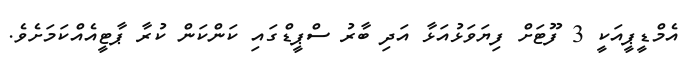
އެމްޑީޕީއަކީ 3 ފޫޓަށް ފިޔަވަޅުއަޅާ އަދި ބާރު ސްޕީޑްގައި ކަންކަން ކުރާ ޕާޓީއެއްކަމަށެވެ.